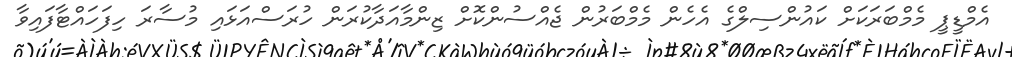
އެމްޑީޕީ މެމްބަރަކަށް ކައުންސިލްގެ އެހެން މެމްބަރުން ޖެއްސުންކޮށް ޒިންމާއަދާކުރަން ހުރަސްއަޅައި މުސާރަ ހިފަހައްޓާފައިވާ